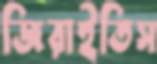
জিরাইতিস